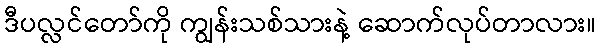
ဒီပလ္လင်တော်ကို ကျွန်းသစ်သားနဲ့ ဆောက်လုပ်တာလား။